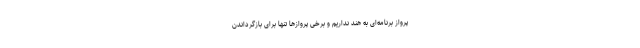
پرواز برنامه‌ای به هند نداریم و برخی پروازها تنها برای بازگرداندن